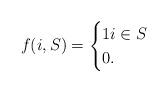
LaTeX: \begin{align*}f(i,S) =\begin{cases}1 i \in S \\0 .\end{cases}\end{align*}